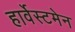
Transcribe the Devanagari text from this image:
हार्वेस्टमेन